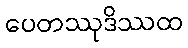
ပေတဿုဒိဿထ